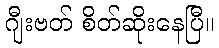
ဂျီးဗတ် စိတ်ဆိုးနေပြီ။